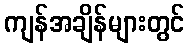
ကျန်အချိန်များတွင်